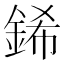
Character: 䤭